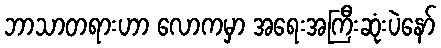
ဘာသာတရားဟာ လောကမှာ အရေးအကြီးဆုံးပဲနော်